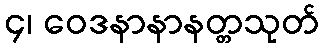
၄၊ ဝေဒနာနာနတ္တသုတ်